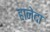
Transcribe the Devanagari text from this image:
हानेदा